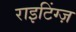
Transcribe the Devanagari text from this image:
राइटिंग्ज़